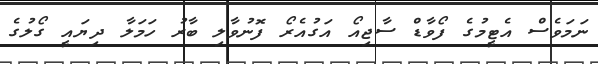
ނަމަވެސް އެޓީމުގެ ފޯވާޑް ސާޖިއޯ އަގުއެރޯ ފޮނުވާލި ބާރު ހަމަލާ ދިޔައީ ގޯލުގެ